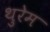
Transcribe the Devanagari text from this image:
थुरेम